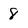
Character: 8